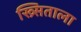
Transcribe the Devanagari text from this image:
ख्र्सिताला